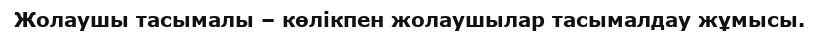
Жолаушы тасымалы – көлікпен жолаушылар тасымалдау жұмысы.